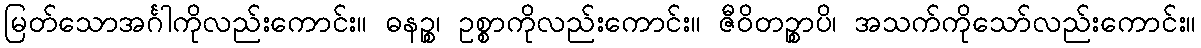
မြတ်သောအင်္ဂါကိုလည်းကောင်း။ ဓနဉ္စ၊ ဥစ္စာကိုလည်းကောင်း။ ဇီဝိတဉ္စာပိ၊ အသက်ကိုသော်လည်းကောင်း။